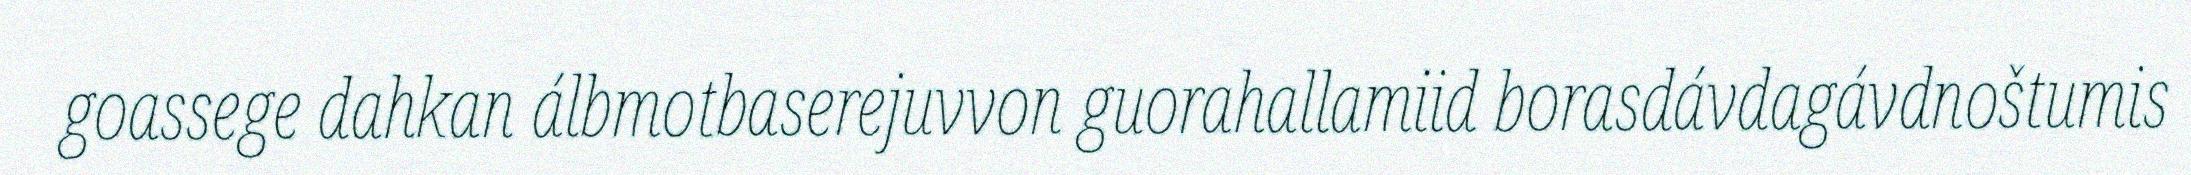
goassege dahkan álbmotbaserejuvvon guorahallamiid borasdávdagávdnoštumis